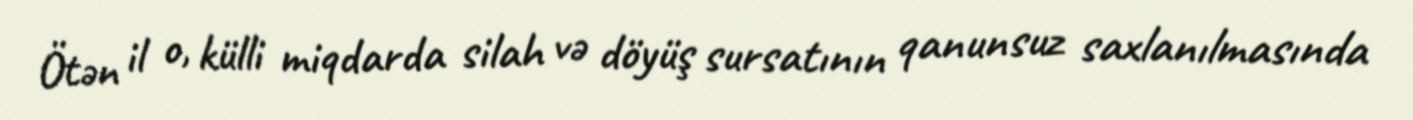
Ötən il o, külli miqdarda silah və döyüş sursatının qanunsuz saxlanılmasında